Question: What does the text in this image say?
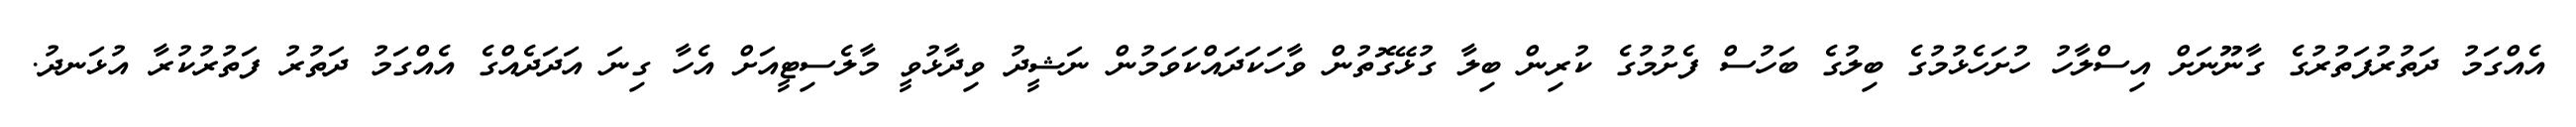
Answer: އެއްގަމު ދަތުރުފަތުރުގެ ގާނޫނަށް އިސްލާހު ހުށަހެޅުމުގެ ބިލުގެ ބަހުސް ފެށުމުގެ ކުރިން ބިލާ ގުޅޭގޮތުން ވާހަކަދައްކަވަމުން ނަޝީދު ވިދާޅުވީ މާލެސިޓީއަށް އެހާ ގިނަ އަދަދެއްގެ އެއްގަމު ދަތުރު ފަތުރުކުރާ އުޅަނދު.